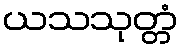
ယသသုတ္တံ